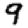
Digit: 9